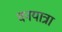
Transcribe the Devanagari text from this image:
वनयात्रा